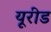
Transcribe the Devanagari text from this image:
यूरीड